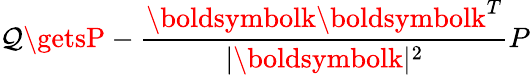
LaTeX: \mathcal{Q}\getsP-\frac{{\boldsymbolk\boldsymbolk^{T}}}{{|\boldsymbolk|^{2}}}P